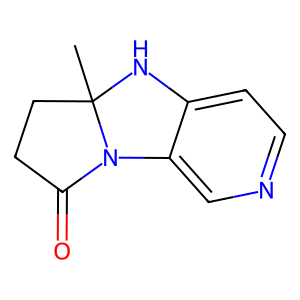
SMILES: CC12CCC(=O)N1c1cnccc1N2
Inhibits HIV replication: No